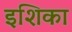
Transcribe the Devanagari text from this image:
इशिका